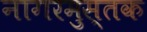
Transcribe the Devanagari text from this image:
नागरमुस्तक